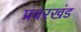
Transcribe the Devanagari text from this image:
प्रवरखंड